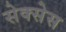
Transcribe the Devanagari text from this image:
सेक्सेस